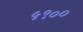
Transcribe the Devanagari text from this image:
५९००